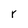
Character: r